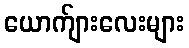
ယောက်ျားလေးများ